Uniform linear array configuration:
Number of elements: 24
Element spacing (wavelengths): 0.25
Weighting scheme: binomial
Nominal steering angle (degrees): -60
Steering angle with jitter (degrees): -58.123
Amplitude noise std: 0.05
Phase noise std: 0.05

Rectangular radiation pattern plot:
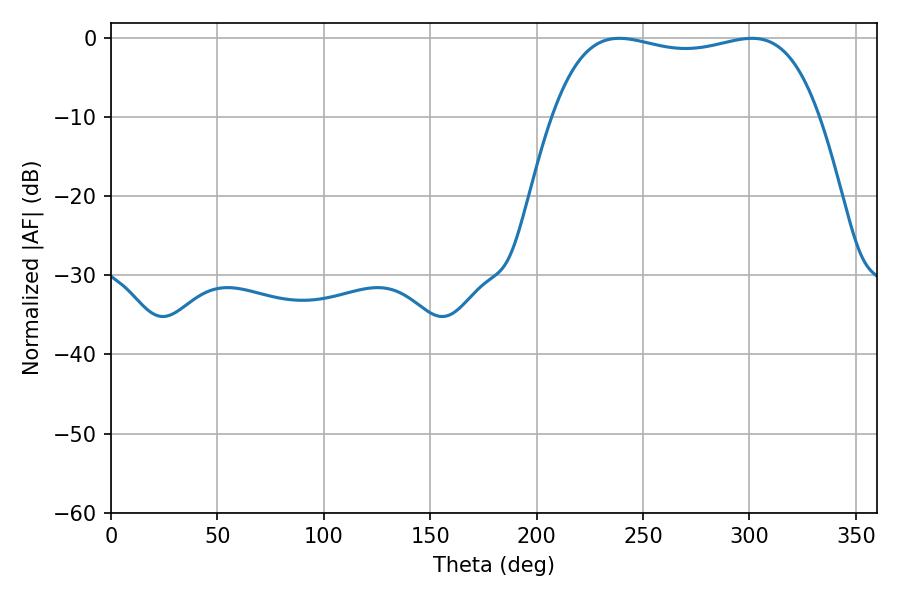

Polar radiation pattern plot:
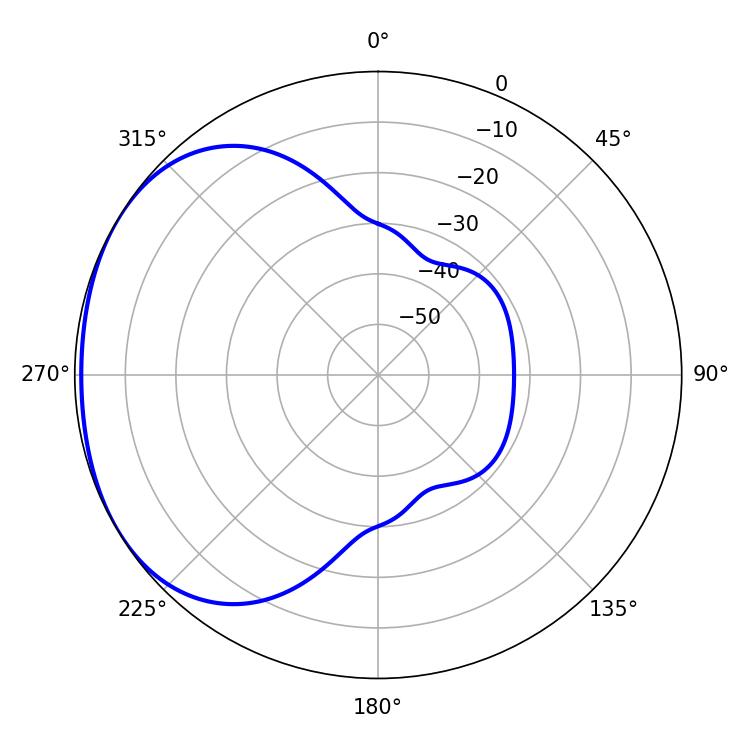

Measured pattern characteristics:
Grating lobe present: FALSE
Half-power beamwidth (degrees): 100.8
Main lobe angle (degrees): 238.86